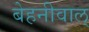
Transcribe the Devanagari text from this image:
बेहनीवाल्